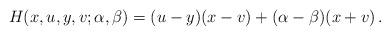
LaTeX: \begin{align*}H(x,u,y,v;\alpha,\beta)=(u-y)(x-v)+(\alpha-\beta)(x+v)\,.\end{align*}